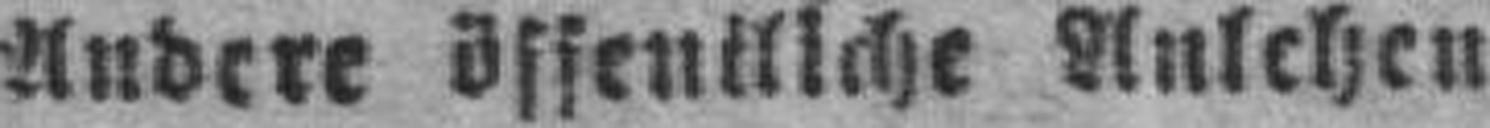
Andere öffentliche Anlehen.